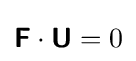
{\boldsymbol {\mathsf {F}}}\cdot {\boldsymbol {\mathsf {U}}}=0\,\!